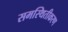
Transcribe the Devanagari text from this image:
समस्थितीकरण